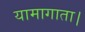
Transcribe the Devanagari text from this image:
यामागाता।